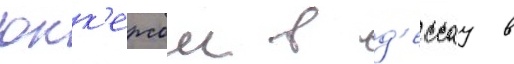
юнк'ерсом в д'ессау в